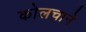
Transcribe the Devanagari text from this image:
कोलचाने